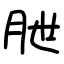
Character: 朑